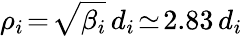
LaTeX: \rho_{i}\! =\! \sqrt{\beta_{i}}\, d_{i}\! \simeq\! 2.83\, d_{i}